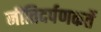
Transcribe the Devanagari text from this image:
नीतिदर्पणकर्ते